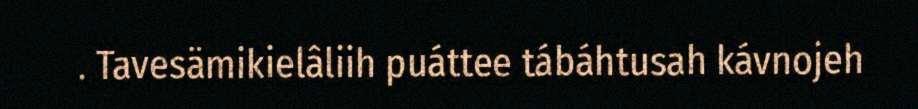
. Tavesämikielâliih puáttee tábáhtusah kávnojeh